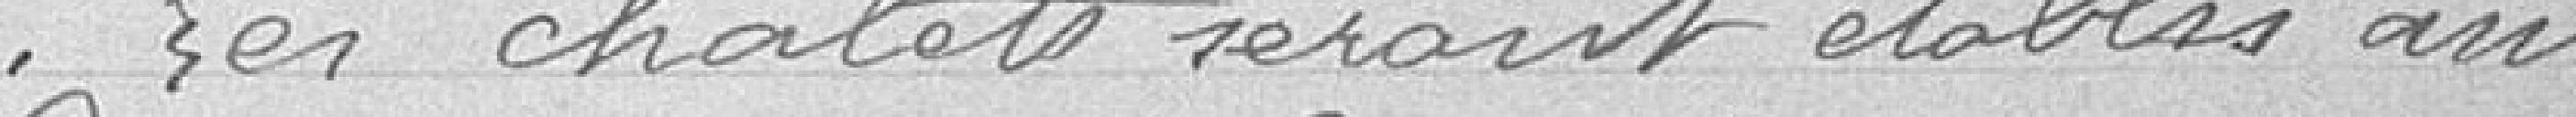
Les chlets seront établis aux